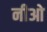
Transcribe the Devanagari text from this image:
नीओ